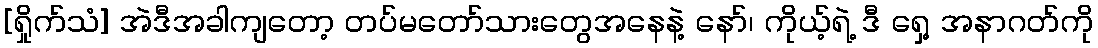
[ရှိုက်သံ] အဲဒီအခါကျတော့ တပ်မတော်သားတွေအနေနဲ့ နော်၊ ကိုယ့်ရဲ့ ဒီ ရှေ့ အနာဂတ်ကို